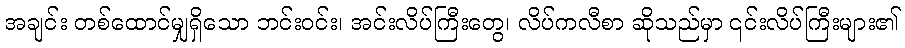
အချင်း တစ်ထောင်မျှရှိသော ဘင်းဝင်း၊ အင်းလိပ်ကြီးတွေ၊ လိပ်ကလီစာ ဆိုသည်မှာ ၎င်းလိပ်ကြီးများ၏